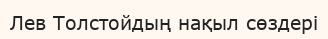
Лев Толстойдың нақыл сөздері